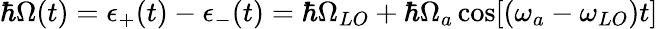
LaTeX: \hbar\Omega(t)=\epsilon_{+}(t)-\epsilon_{-}(t)=\hbar\Omega_{LO}+\hbar\Omega_{a}\cos[(\omega_{a}-\omega_{LO})t]